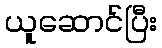
ယူဆောင်ပြီး